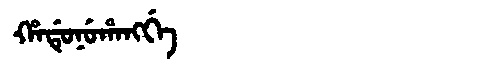
Manchu: ᡥᠠᡩᡠᠨᡠᡥᠠᠩᡤᡝ
Romanization: HADUNUHANGGE